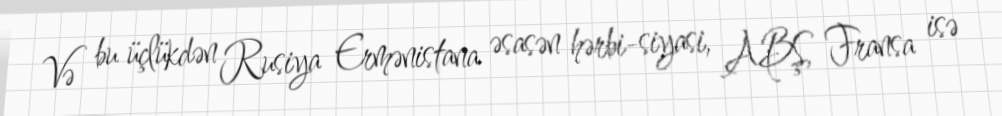
Və bu üçlükdən Rusiya Ermənistana əsasən hərbi-siyasi, ABŞ, Fransa isə